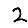
Digit: 2